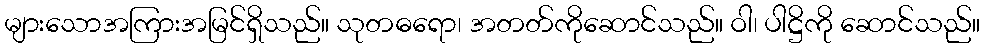
များသောအကြားအမြင်ရှိသည်။ သုတဓရော၊ အတတ်ကိုဆောင်သည်။ ဝါ၊ ပါဋ္ဌိကို ဆောင်သည်။